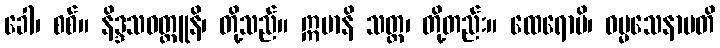
ခေါ၊ စစ်။ နိဒ္ဒသဝတ္ထူနိ၊ တို့သည်။ ဣမာနိ သတ္တ၊ တို့တည်း။ ထေရောပိ၊ ဓမ္မသေနာပတိ